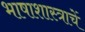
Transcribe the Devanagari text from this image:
भाषाशास्त्राचें